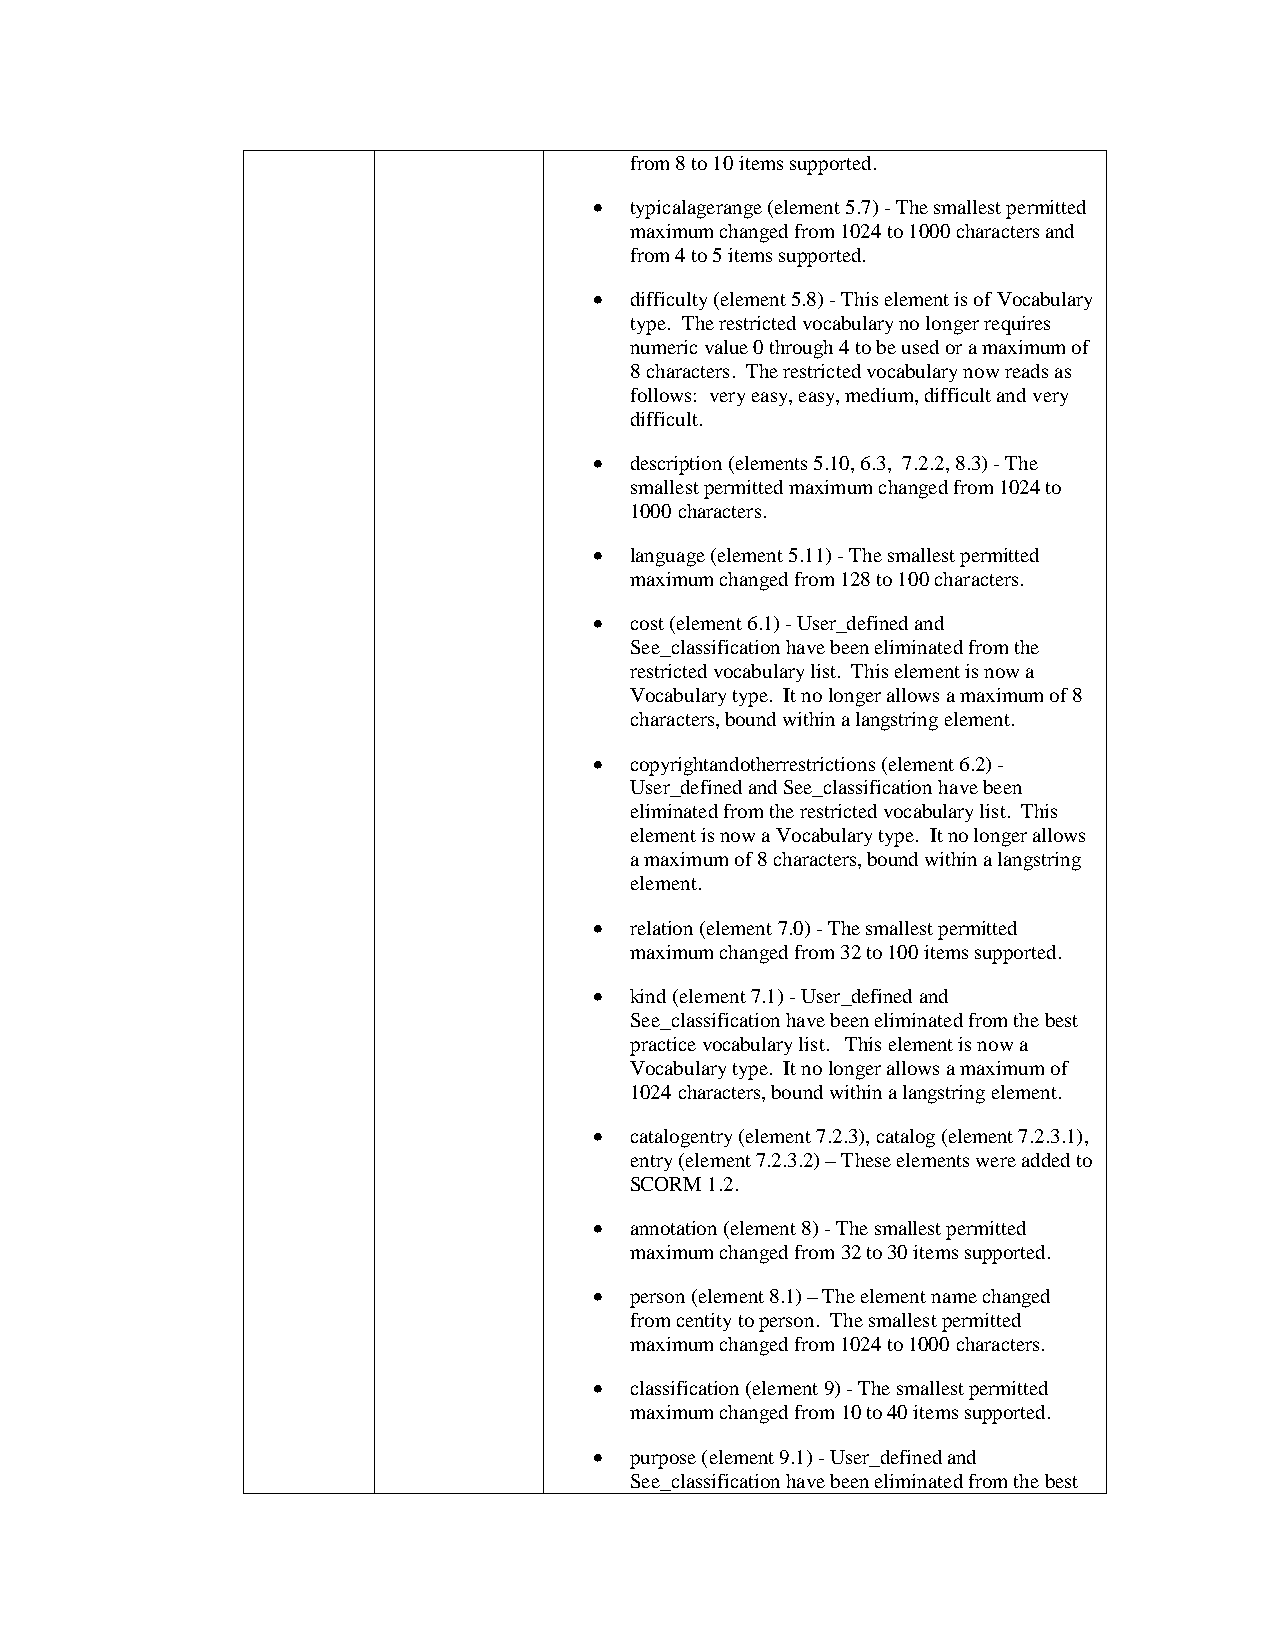
from 8 to 10 items supported.
 •  typicalagerange (element 5.7) - The smallest permitted
 maximum changed from 1024 to 1000 characters and
 from 4 to 5 items supported.
 •  difficulty (element 5.8) - This element is of Vocabulary
 type. The restricted vocabulary no longer requires
 numeric value 0 through 4 to be used or a maximum of
 8 characters. The restricted vocabulary now reads as
 follows: very easy, easy, medium, difficult and very
 difficult.
 •  description (elements 5.10, 6.3, 7.2.2, 8.3) - The
 smallest permitted maximum changed from 1024 to
 1000 characters.
 •  language (element 5.11) - The smallest permitted
 maximum changed from 128 to 100 characters.
 •  cost (element 6.1) - User_defined and
 See_classification have been eliminated from the
 restricted vocabulary list. This element is now a
 Vocabulary type. It no longer allows a maximum of 8
 characters, bound within a langstring element.
 •  copyrightandotherrestrictions (element 6.2) -
 User_defined and See_classification have been
 eliminated from the restricted vocabulary list. This
 element is now a Vocabulary type. It no longer allows
 a maximum of 8 characters, bound within a langstring
 element.
 •  relation (element 7.0) - The smallest permitted
 maximum changed from 32 to 100 items supported.
 •  kind (element 7.1) - User_defined and
 See_classification have been eliminated from the best
 practice vocabulary list. This element is now a
 Vocabulary type. It no longer allows a maximum of
 1024 characters, bound within a langstring element.
 •  catalogentry (element 7.2.3), catalog (element 7.2.3.1),
 entry (element 7.2.3.2) – These elements were added to
 SCORM 1.2.
 •  annotation (element 8) - The smallest permitted
 maximum changed from 32 to 30 items supported.
 •  person (element 8.1) – The element name changed
 from centity to person. The smallest permitted
 maximum changed from 1024 to 1000 characters.
 •  classification (element 9) - The smallest permitted
 maximum changed from 10 to 40 items supported.
 •  purpose (element 9.1) - User_defined and
 See_classification have been eliminated from the best